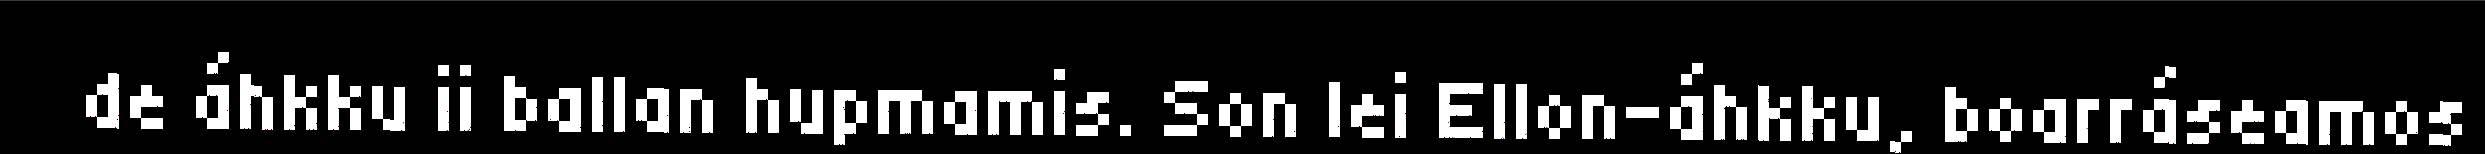
de áhkku ii ballan hupmamis. Son lei Ellon-áhkku, boarráseamos